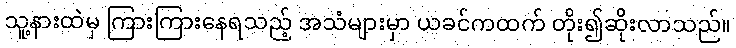
သူ့နားထဲမှ ကြားကြားနေရသည့် အသံများမှာ ယခင်ကထက် တိုး၍ဆိုးလာသည်။